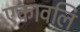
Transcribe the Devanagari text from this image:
एकावलि